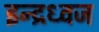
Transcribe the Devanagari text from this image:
इन्द्रध्वज